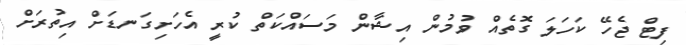
ފިޓް ޖެހޭ ކަހަލަ ގޮތެއް ވުމުން އިޝާން މަސައްކަތް ކުރީ އެހަށިގަނޑަށް އިތުރަށް